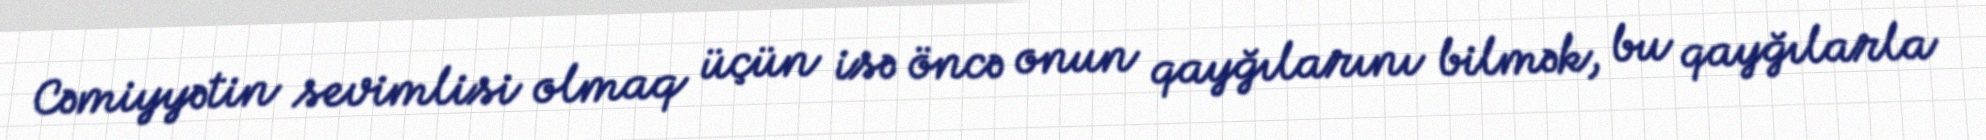
Cəmiyyətin sevimlisi olmaq üçün isə öncə onun qayğılarını bilmək, bu qayğılarla